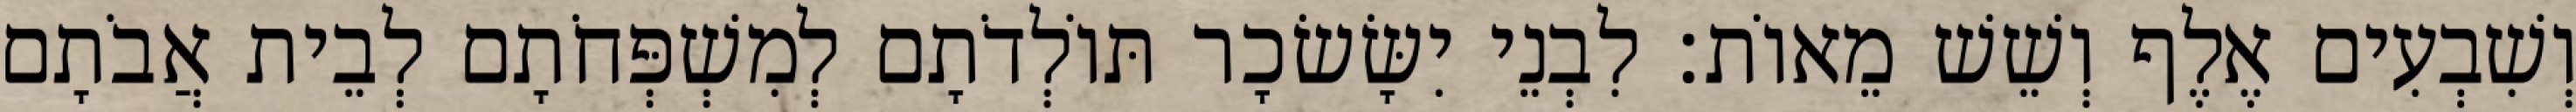
וְשִׁבְעִים אֶלֶף וְשֵׁשׁ מֵאוֹת׃ לִבְנֵי יִשָּׂשׂכָר תּוֹלְדֹתָם לְמִשְׁפְּחֹתָם לְבֵית אֲבֹתָם